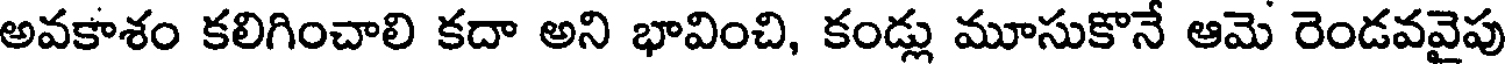
అవకాశం కలిగించాలి కదా అని భావించి, కండ్లు మూసుకొనే ఆమె రెండవవైపు